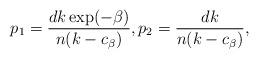
LaTeX: \begin{align*}p_1=\frac{dk\exp(-\beta)}{n(k-c_\beta)},p_2=\frac{dk}{n(k-c_\beta)},\end{align*}